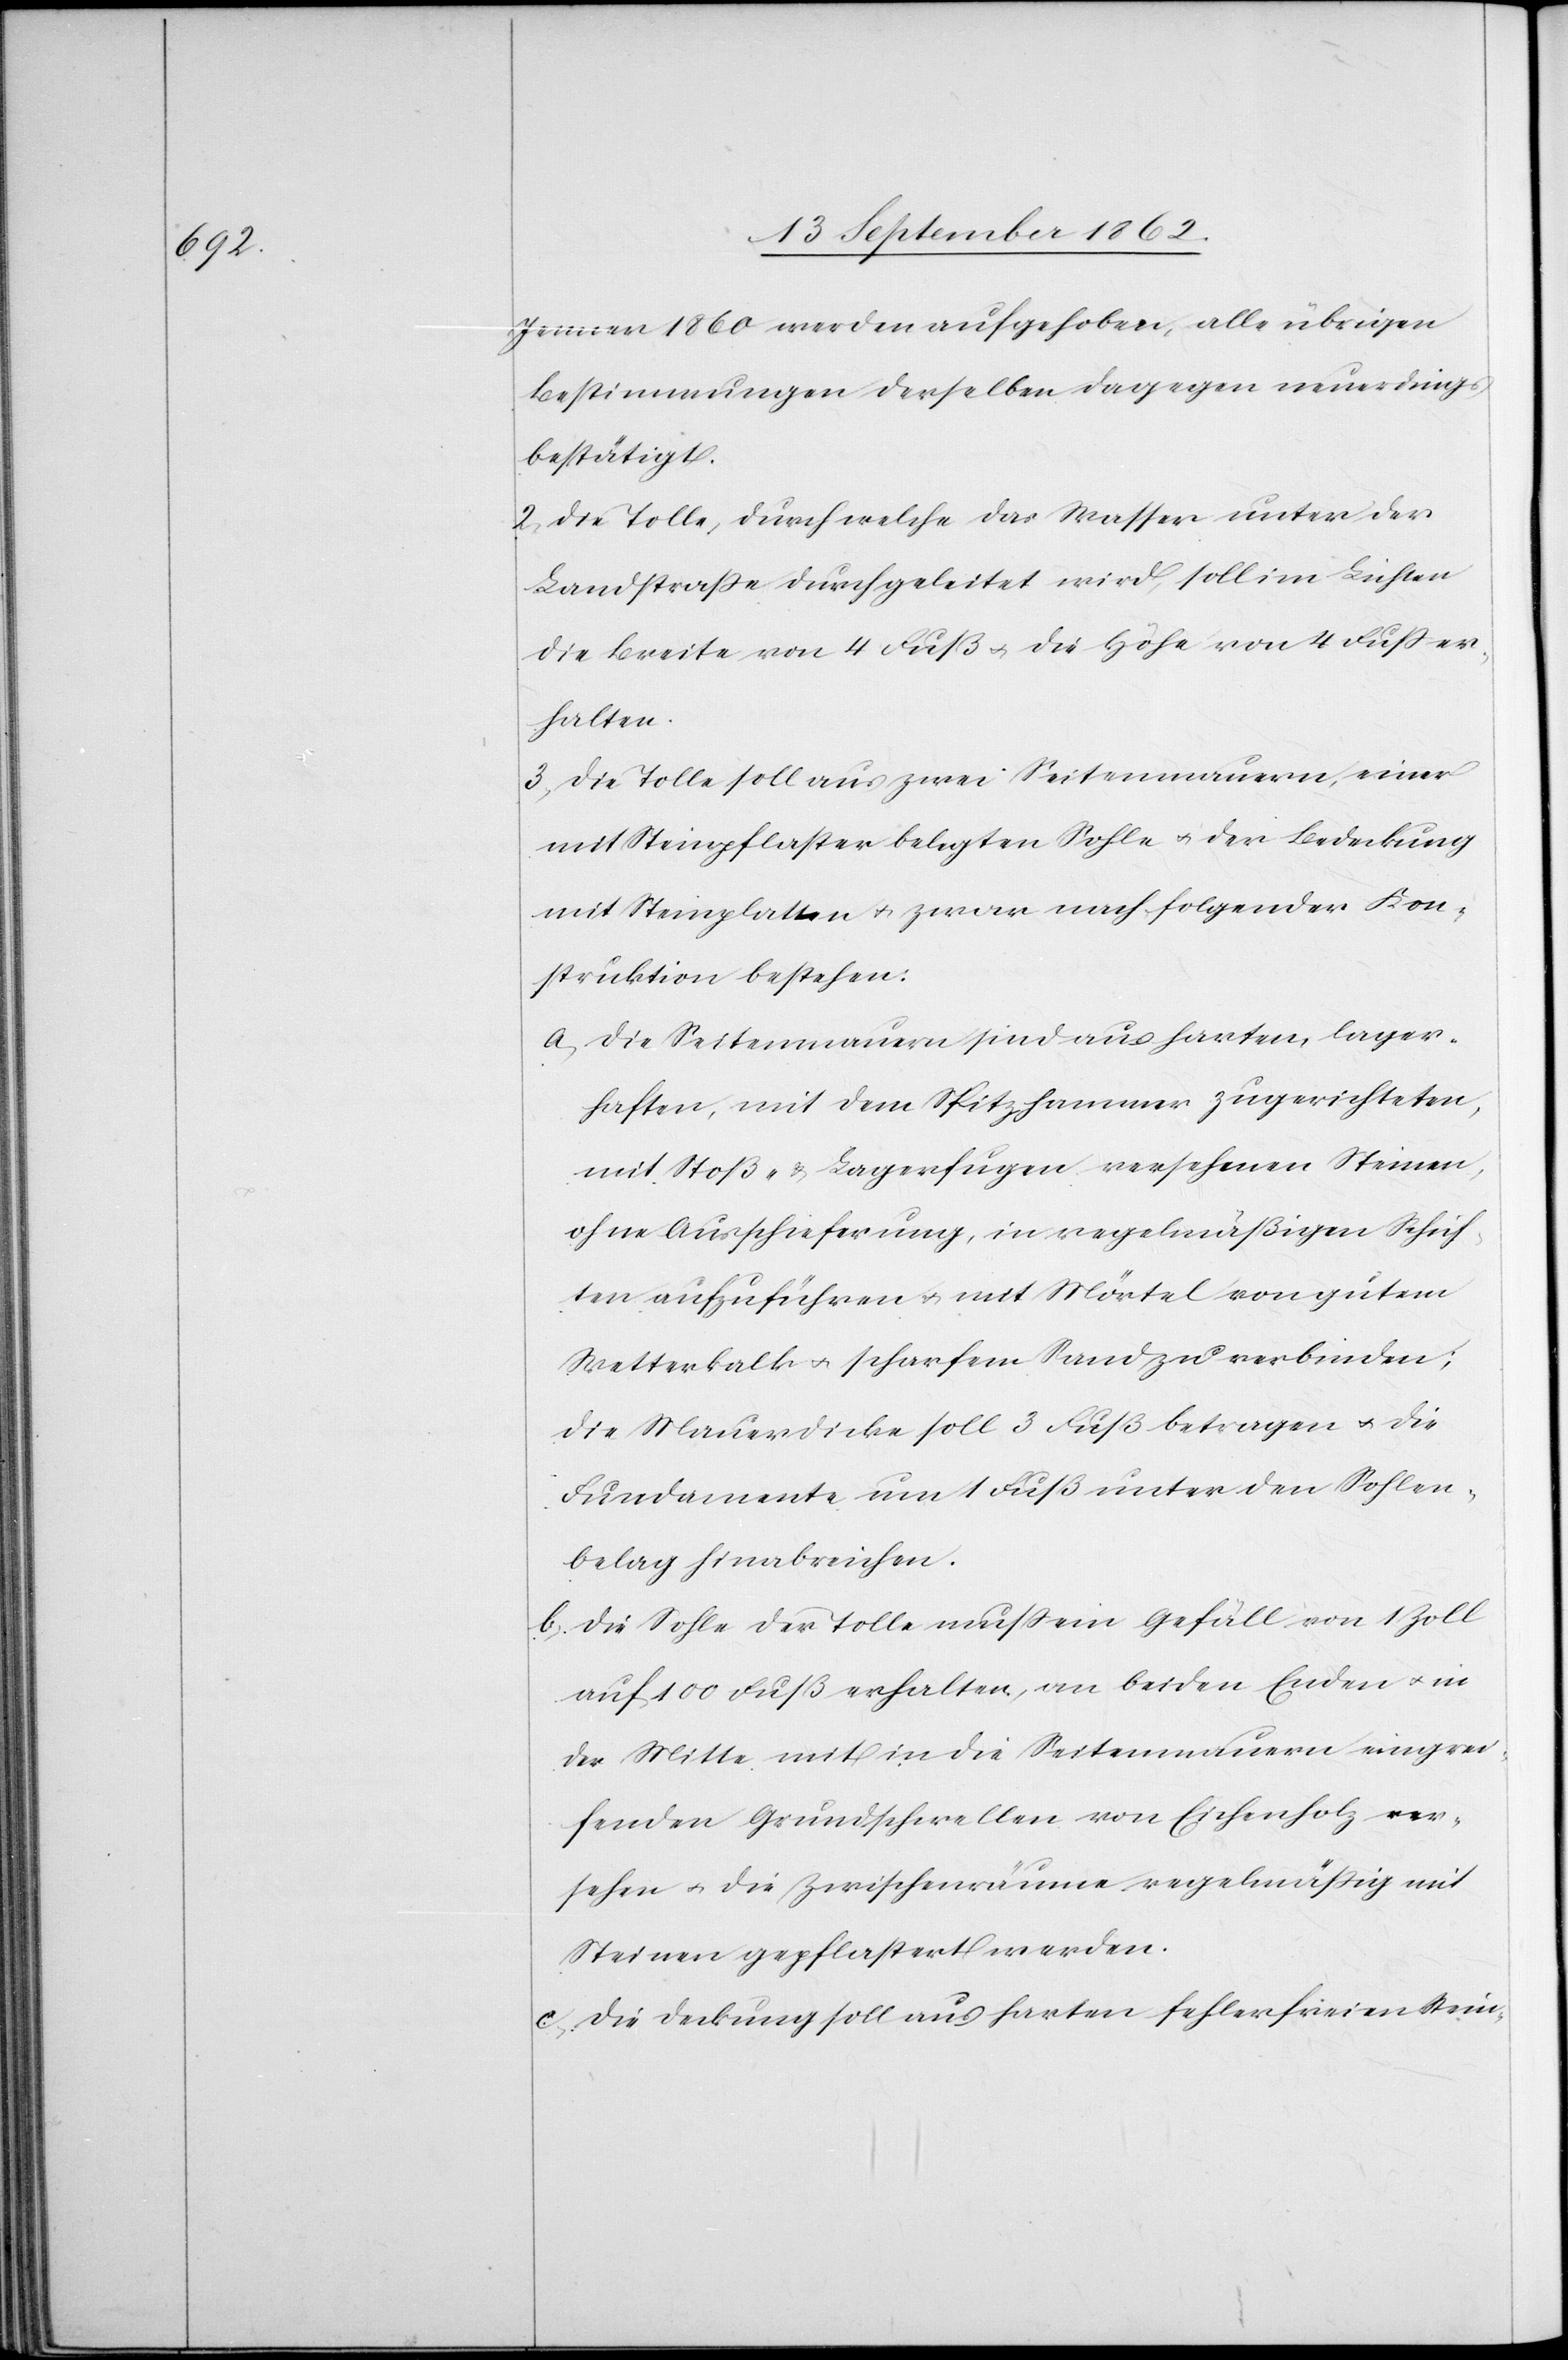
Jenner 1860 werden aufgehoben, alle übrigen
Bestimmungen derselben dagegen neuerdings
bestätigt.
2. Die Tolle, durch welche das Wasser unter der
Landstraße durchgeleitet wird, soll im Lichten
die Breite von 4 Fuß u. die Höhe von 4 Fuß er¬
halten.
3. Die Tolle soll aus zwei Seitenmauern, einer
mit Steinpflaster belegten Sohle u. der Bedeckung
mit Steinplatten u. zwar nach folgender Kon¬
struktion bestehen:
a. Die Seitenmauern sind aus harten, lager¬
haften, mit dem Spitzhammer zugerichteten,
mit Stoß- u. Lagerfugen versehenen Steinen,
ohne Ausschieferung, in regelmäßigen Schich¬
ten aufzuführen u. mit Mörtel von gutem
Wetterkalk u. scharfem Sand zu verbinden;
die Mauerdicke soll 3 Fuß betragen u. die
Fundamente um 1 Fuß unter den Sohlen¬
belag hinabreichen.
b. Die Sohle der Tolle muß ein Gefäll von 1 Zoll
auf 100 Fuß erhalten, an beiden Enden u. in
der Mitte mit in die Seitenmauern eingrei¬
fenden Grundschwellen von Eichenholz ver¬
sehen u. die Zwischenräume regelmäßig mit
Steinen gepflastert werden.
c. Die Deckung soll aus harten fehlerfreien Stein-